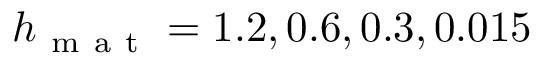
h _ { \mathrm { ~ m ~ a ~ t ~ } } = 1 . 2 , 0 . 6 , 0 . 3 , 0 . 0 1 5